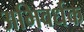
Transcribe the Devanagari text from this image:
अभिवर्धक